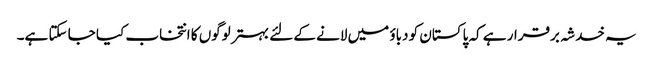
یہ خدشہ برقرار ہے کہ پاکستان کو دباؤ میں لانے کے لئے بہتر لوگوں کا انتخاب کیا جا سکتا ہے۔